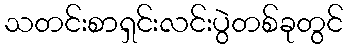
သတင်းစာရှင်းလင်းပွဲတစ်ခုတွင်